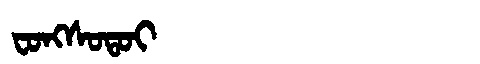
Manchu: ᠸᠣᠩᠰᠣᡨᠣᡳ
Romanization: FONGSOTOI